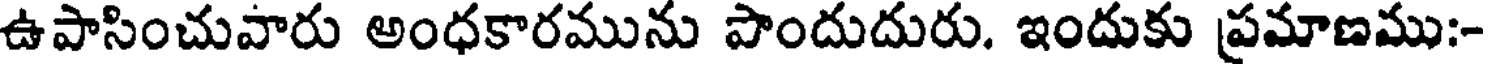
ఉపాసించువారు అంధకారమును పొందుదురు. ఇందుకు ప్రమాణము:-